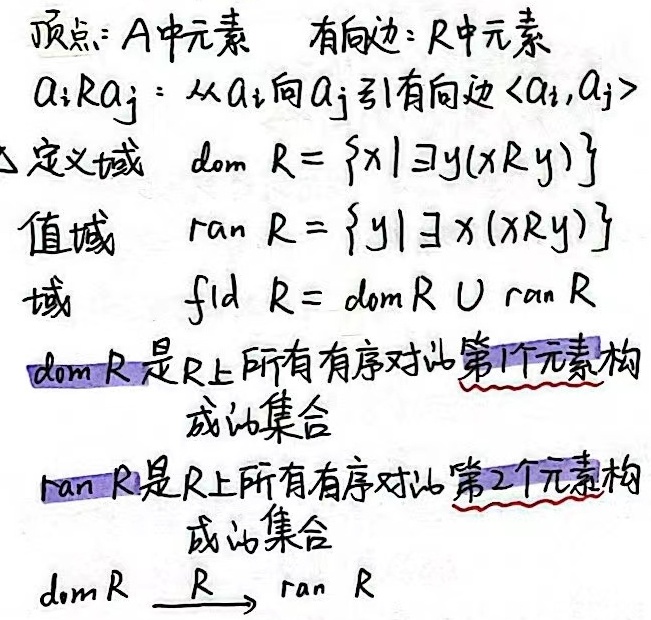
顶点：\(A\) 中元素
有向边：\(R\) 中元素。\(a_i R a_j\)：从 \(a_i\) 向 \(a_j\) 引有向边 \(\langle a_i,a_j\rangle\)。

定义域 \(\text{dom }R = \{x|\exists y(xRy)\}\)
值域 \(\text{ran }R=\{y|\exists x(xRy)\}\)
域 \(\text{fld }R=\text{dom }R\cup\text{ran }R\)

\(\text{dom }R\) 是 \(R\) 上所有有序对的第 1 个元素构成的集合。
\(\text{ran }R\) 是 \(R\) 上所有有序对的第 2 个元素构成的集合。
\(\text{dom }R\xrightarrow{R}\text{ran }R\)